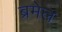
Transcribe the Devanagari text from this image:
ब्रमेल